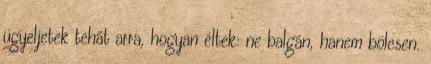
ügyeljetek tehát arra, hogyan éltek: ne balgán, hanem bölcsen.